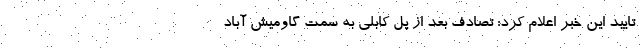
تایید این خبر اعلام کرد: تصادف بعد از پل کابلی به سمت گاومیش آباد